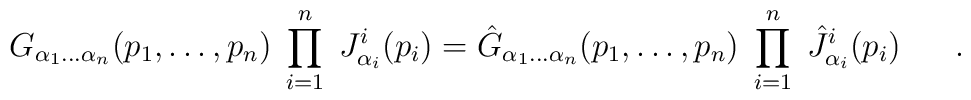
G_{\alpha_1\ldots\alpha_n}(p_1,\ldots,p_n)\;\prod_{i=1}^{n}\; J_{\alpha_i}^i(p_i) = \hat{G}_{\alpha_1\ldots\alpha_n}(p_1,\ldots,p_n)\;\prod_{i=1}^{n}\;\hat{J}_{\alpha_i}^i(p_i) \ \ \ \ \ .